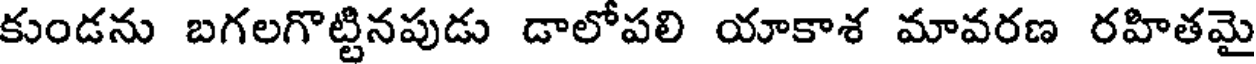
కుండను బగలగొట్టినపుడు డాలోపలి యాకాశ మావరణ రహితమై